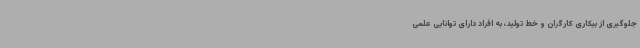
جلوگیری از بیکاری کارگران و خط تولید، به افراد دارای توانایی علمی